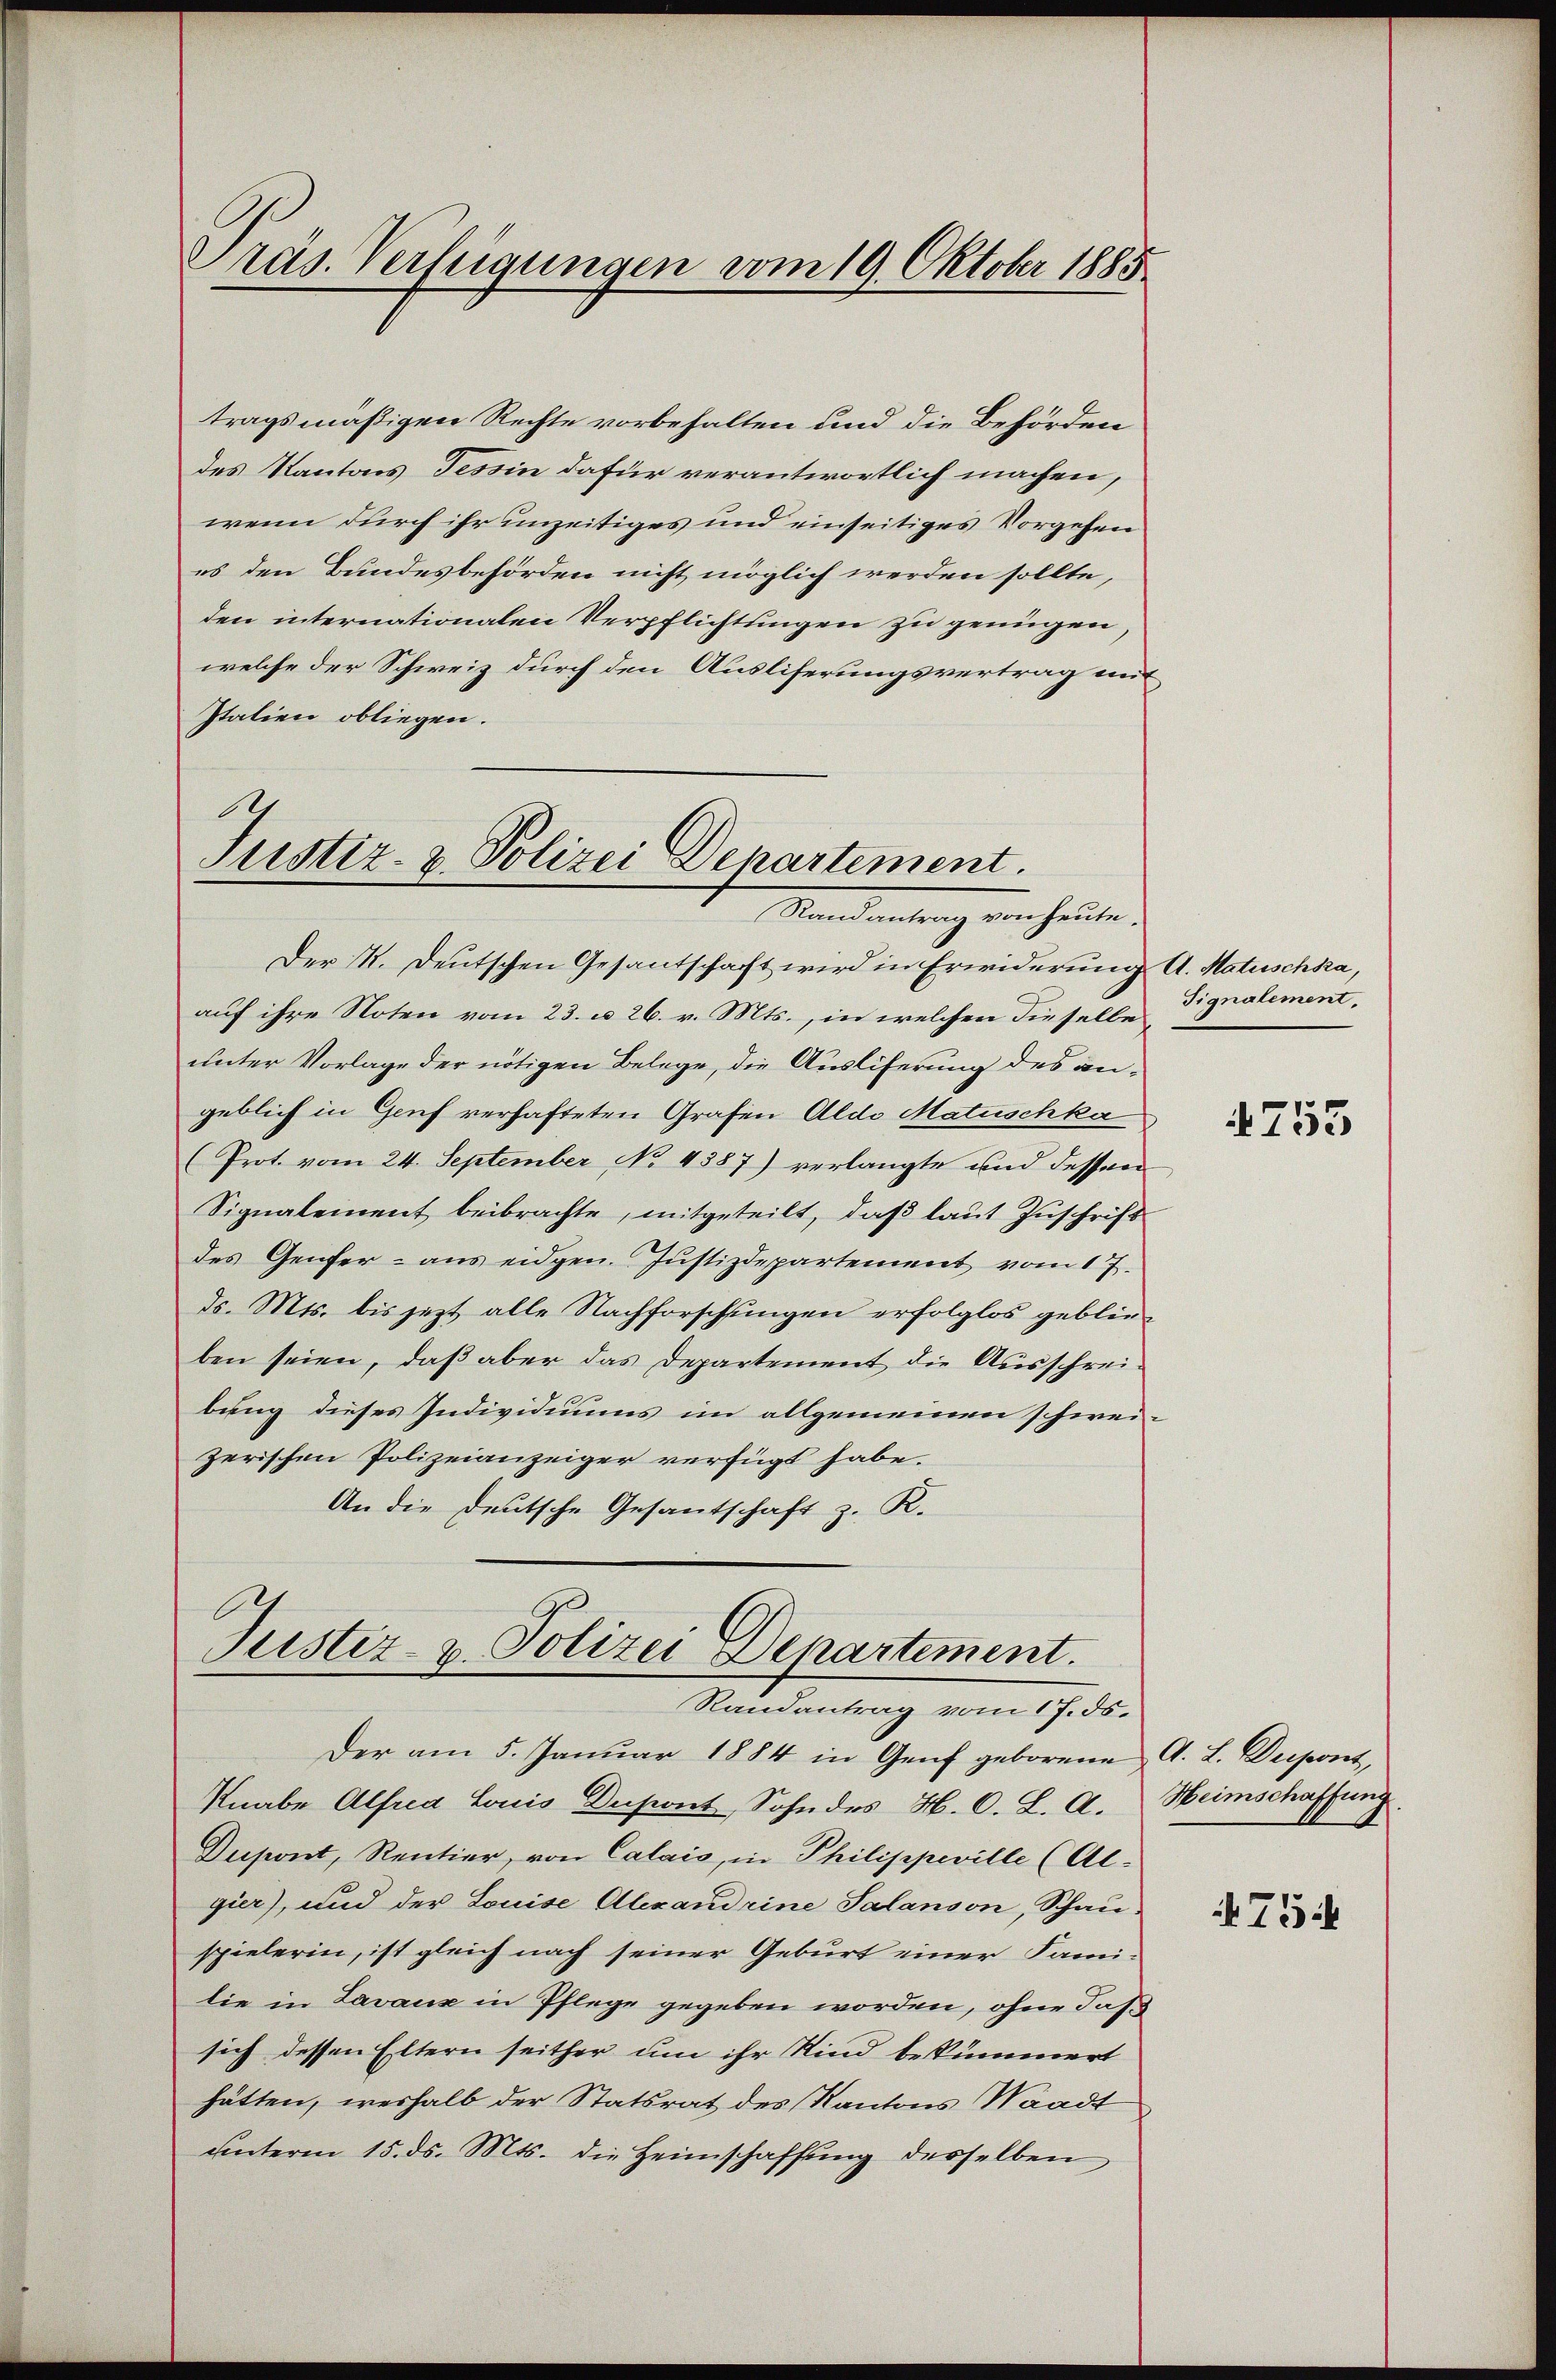
Präs. Verfügungen vom 19. Oktober 1885

tragsmäßigen Rechte vorbehalten und die Behörden
des Kantons Tessin dafür verantwortlich machen,
wenn durch ihr unzeitiges und einseitiges Vorgehen
es den Bundesbehörden nicht möglich werden sollte,
den internationalen Verpflichtungen zu genügen,
welche der Schweiz durch den Ausliferungsvertrag mit
Italien obliegen.
11

Justiz- & Polizei Departement.
Mandantung von heuten

Der K. Deutschen Gesantschafft wird in Erwiderung A. Matuschka,
auf ihre Noten vom 23. u. 26. v. Mts., in welchen dieselbe
unter Vorlage der nötigen Belege, die Auslieferung des angeblich in Genf verhafteten Grafen Alde Matuschka
(Prot. vom 24. September No 4387) verlangte und dessen
Signalement beibrachte, mitgeteilt, daß laut Zuschrift
des Genfer - aus eidgen. Justizdepartement vom 17.
d. Mts. bis jezt alle Nachforschungen erfolglos geblieben seien, daß aber das Departement die Ausschreibung dieses Individiums im allgemeinen schweizerischen Polizeianzeiger verfügt habe.
An die deutsche Gesandtschaft z. R.

Justiz- & Polizei Departement.
Randantrag vom 17. ds.

Der am 5. Januar 1884 in Genf geborene A. L. Despont,
Knabe Alfred Louis Dupont, Sohn des H. C. L. A. Heimschaffung
Deipont, Rentier, von Calais, in Philippeville (Al-
gier), und der Louise Alexandrine Salanson, Schauspielerin, ist gleich nach seiner Geburt einer Fami-
lie in Lavaux in Pflege gegeben worden, ohne das
sich dessen Eltern seither um ihr Kind bekümmert
hätten, weshalb der Statsrat des Kantons Waadt
ŭnterm 15. ds. Mts. die Heimschaffung desselben

Tignalement.

4753

75.